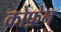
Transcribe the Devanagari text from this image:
कोफ़ेन